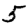
Digit: 5